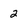
Character: 2